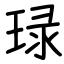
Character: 琭